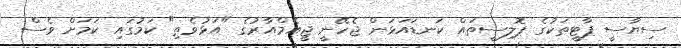
ސިޔާސީ ޕާޓީތަކުގެ ޕޮލިސީތައް ކަނޑައަޅަން ޖެހޭނީ ޖީއެމްއާރުގެ "އަޅުވެތި" ކަމުގައި ކަމަށް ވެސް